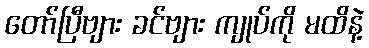
တော်ပြီဗျား ခင်ဗျား ကျုပ်ကို မထိနဲ့